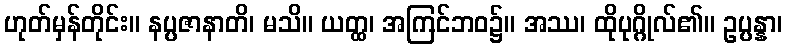
ဟုတ်မှန်တိုင်း။ နပ္ပဇာနာတိ၊ မသိ။ ယတ္ထ၊ အကြင်ဘဝ၌။ အဿ၊ ထိုပုဂ္ဂိုလ်၏။ ဥပ္ပန္နာ၊